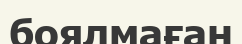
боялмаған